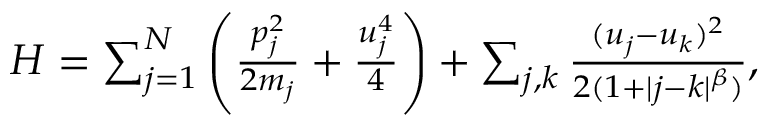
\begin{array} { r } { H = \sum _ { j = 1 } ^ { N } \left( \frac { p _ { j } ^ { 2 } } { 2 m _ { j } } + \frac { u _ { j } ^ { 4 } } { 4 } \right) + \sum _ { j , k } \frac { ( u _ { j } - u _ { k } ) ^ { 2 } } { 2 ( 1 + | j - k | ^ { \beta } ) } , } \end{array}